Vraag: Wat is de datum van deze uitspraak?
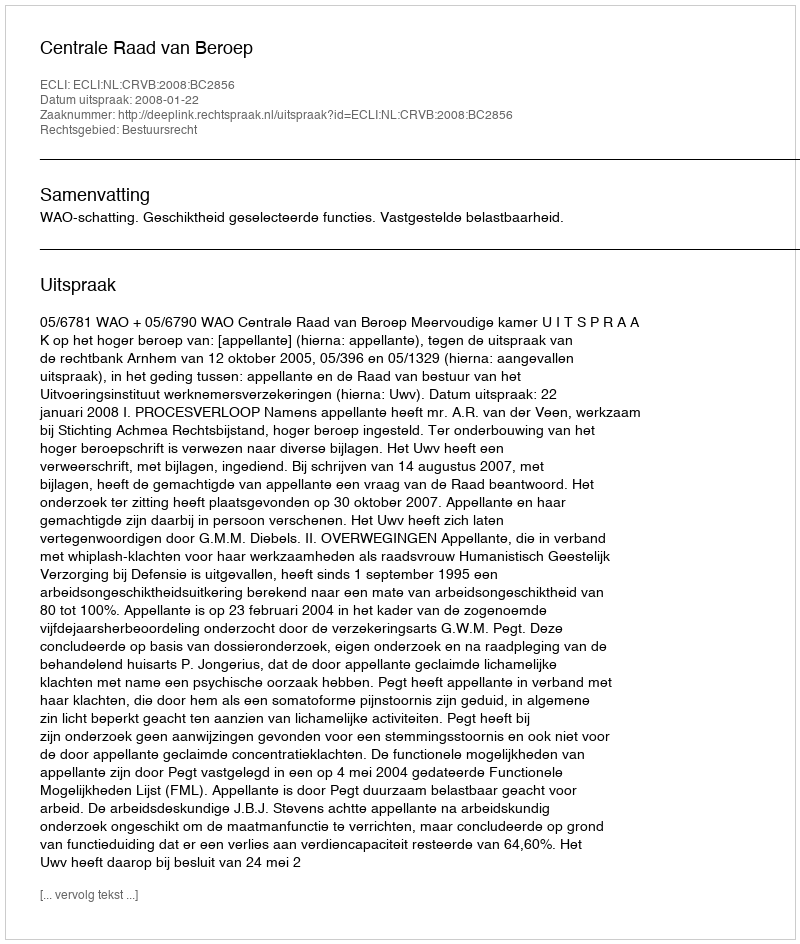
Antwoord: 2008-01-22